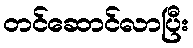
တင်ဆောင်လာပြီး